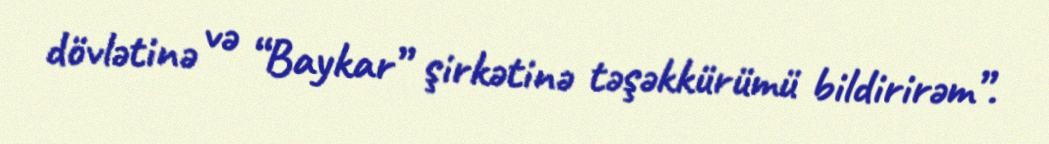
dövlətinə və “Baykar” şirkətinə təşəkkürümü bildirirəm”.